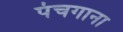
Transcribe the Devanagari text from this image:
पंचगाना